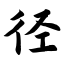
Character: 径